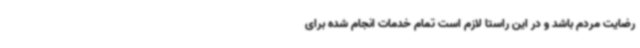
رضایت مردم باشد و در این راستا لازم است تمام ‌خدمات انجام شده برای